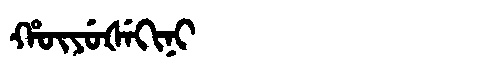
Manchu: ᡥᡡᠶᡠᡧᡝᡴᡳᠨᡳ
Romanization: HŪYUŠEKINI